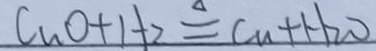
C u O + H _ { 2 } \xlongequal { \Delta } C u + H _ { 2 } O